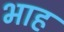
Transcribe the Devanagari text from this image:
भाह